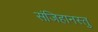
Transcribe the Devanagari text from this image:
संजिहानस्तु